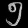
Digit: ၅